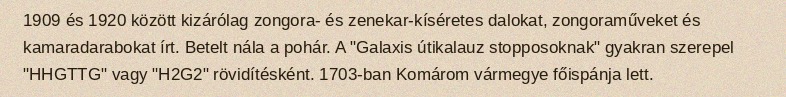
1909 és 1920 között kizárólag zongora- és zenekar-kíséretes dalokat, zongoraműveket és kamaradarabokat írt. Betelt nála a pohár. A "Galaxis útikalauz stopposoknak" gyakran szerepel "HHGTTG" vagy "H2G2" rövidítésként. 1703-ban Komárom vármegye főispánja lett.